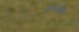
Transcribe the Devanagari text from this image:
पृथ्वीसहित